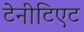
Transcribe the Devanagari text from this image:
टेनीटिएट